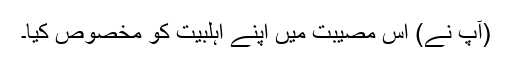
(آپ نے) اس مصیبت میں اپنے اہلبیت کو مخصوص کیا۔